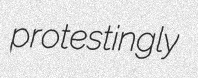
protestingly